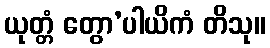
ယုတ္တံ တွော’ပါယိကံ တိသု။